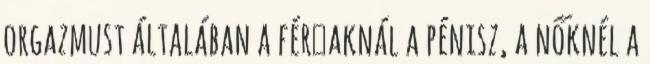
orgazmust általában a férﬁaknál a pénisz, a nőknél a